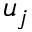
u _ { j }